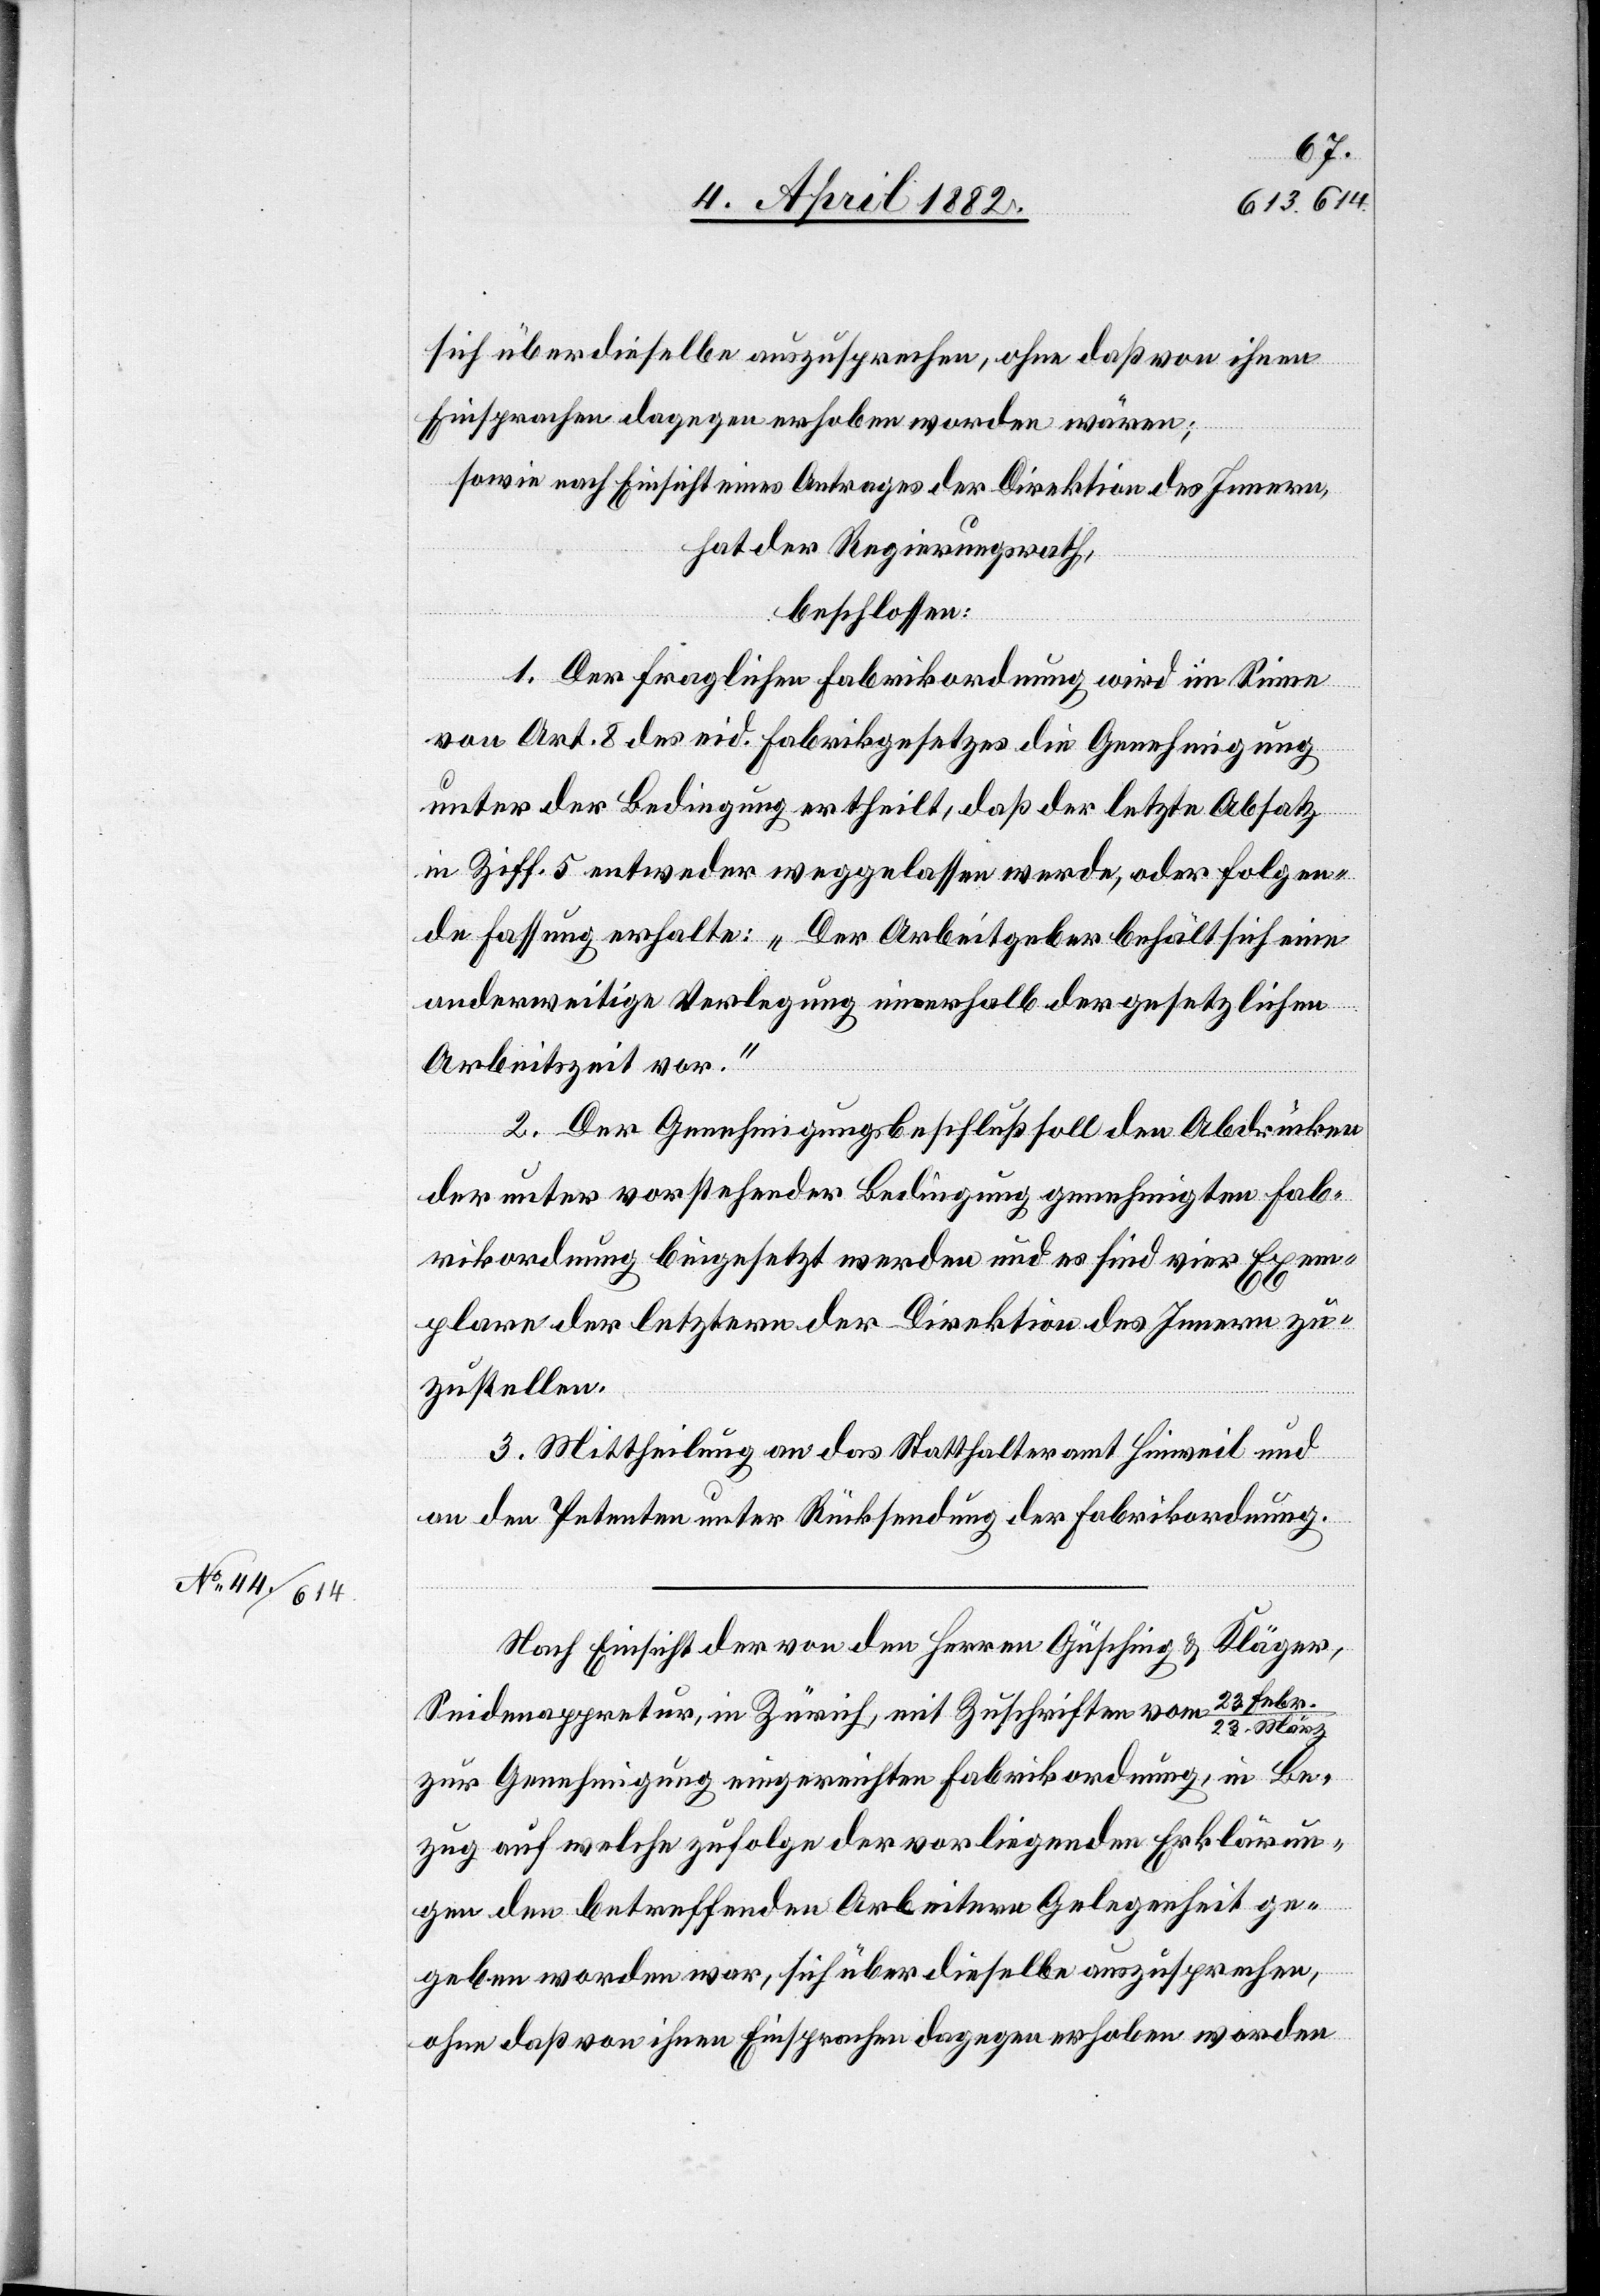
sich über dieselbe auszusprechen, ohne daß von ihnen
Einsprachen dagegen erhoben worden wären;
sowie nach Einsicht eines Antrages der Direktion des Innern,
hat der Regierungsrath,
beschlossen:
1. Der fraglichen Fabrikordnung wird im Sinne
von Art. 8 des eid. Fabrikgesetzes die Genehmigung
unter der Bedingung ertheilt, daß der letzte Absatz
in Ziff. 5 entweder weggelassen werde, oder folgen¬
de Fassung erhalte: „Der Arbeitgeber behält sich eine
anderweitige Verlegung innerhalb der gesetzlichen
Arbeitszeit vor.“
2. Der Genehmigungsbeschluß soll den Abdrücken
der unter vorstehender Bedingung genehmigten Fab¬
rikordnung beigesetzt werden und es sind vier Exem¬
plare der letztern der Direktion des Innern zu¬
zustellen.
3. Mittheilung an das Statthalteramt Hinweil und
an den Petenten unter Rücksendung der Fabrikordnung.
Nach Einsicht der von den Herren Güsching & Kläger,
Seidenappretur, in Zürich, mit Zuschriften vom 23. Febr.
zur Genehmigung eingereichten Fabrikordnung, in Be¬
zug auf welche zufolge der vorliegenden Erklärun¬
gen den betreffenden Arbeitern Gelegenheit ge¬
geben worden war, sich über dieselbe auszusprechen,
ohne daß von ihnen Einsprachen dagegen erhoben worden